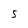
Character: 5